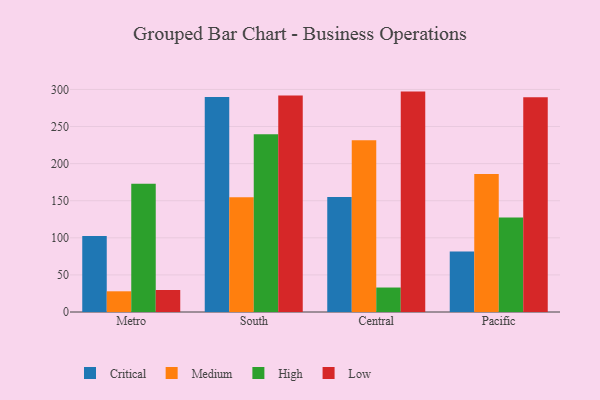
{"axis": {"x": "Region", "y": "Page Views"}, "legend": ["Critical", "High", "Low", "Medium"], "data": [{"x": "Metro", "y": 102.6, "type": "Critical"}, {"x": "Metro", "y": 27.9, "type": "Medium"}, {"x": "Metro", "y": 172.8, "type": "High"}, {"x": "Metro", "y": 29.7, "type": "Low"}, {"x": "South", "y": 289.9, "type": "Critical"}, {"x": "South", "y": 154.7, "type": "Medium"}, {"x": "South", "y": 239.5, "type": "High"}, {"x": "South", "y": 291.9, "type": "Low"}, {"x": "Central", "y": 155.1, "type": "Critical"}, {"x": "Central", "y": 231.6, "type": "Medium"}, {"x": "Central", "y": 33.0, "type": "High"}, {"x": "Central", "y": 297.1, "type": "Low"}, {"x": "Pacific", "y": 81.4, "type": "Critical"}, {"x": "Pacific", "y": 186.0, "type": "Medium"}, {"x": "Pacific", "y": 127.4, "type": "High"}, {"x": "Pacific", "y": 289.5, "type": "Low"}]}